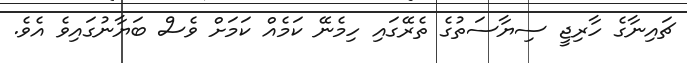
ޗައިނާގެ ހާރިޖީ ސިޔާސަތުގެ ތެރޭގައި ހިމެނޭ ކަމެއް ކަމަށް ވެސް ބަޔާނުގައިވެ އެވެ.